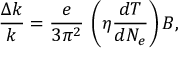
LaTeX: \frac { \Delta k } { k } = \frac { e } { 3 \pi ^ { 2 } } \: \left( \eta \frac { d T } { d N _ { e } } \right) B ,